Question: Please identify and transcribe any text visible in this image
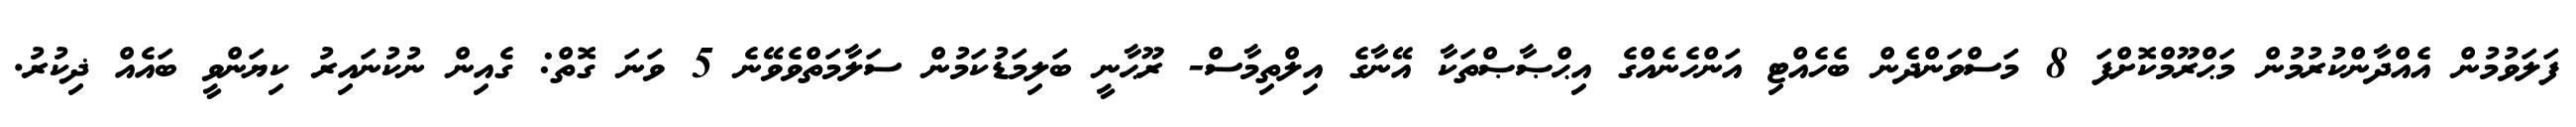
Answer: ފަލަވުމުން އެއްދާންކުރުމުން މަޙްރޫމްކޮށްފަ 8 މަސްވަންދެން ބެހެއްޓި އަންހެނެއްގެ އިޙްޞާޞްތަކާ އޭނާގެ އިލްތިމާސް- ރޫޙާނީ ބަލިމަޑުކަމުން ސަލާމަތްވެވޭނެ 5 ވަނަ ގޮތް: ގެއިން ނުކުނައިރު ކިޔަންވީ ބައެއް ޛިކުރު.